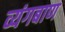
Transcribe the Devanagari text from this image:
व्यंगबाण